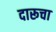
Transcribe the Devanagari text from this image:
दारूचा